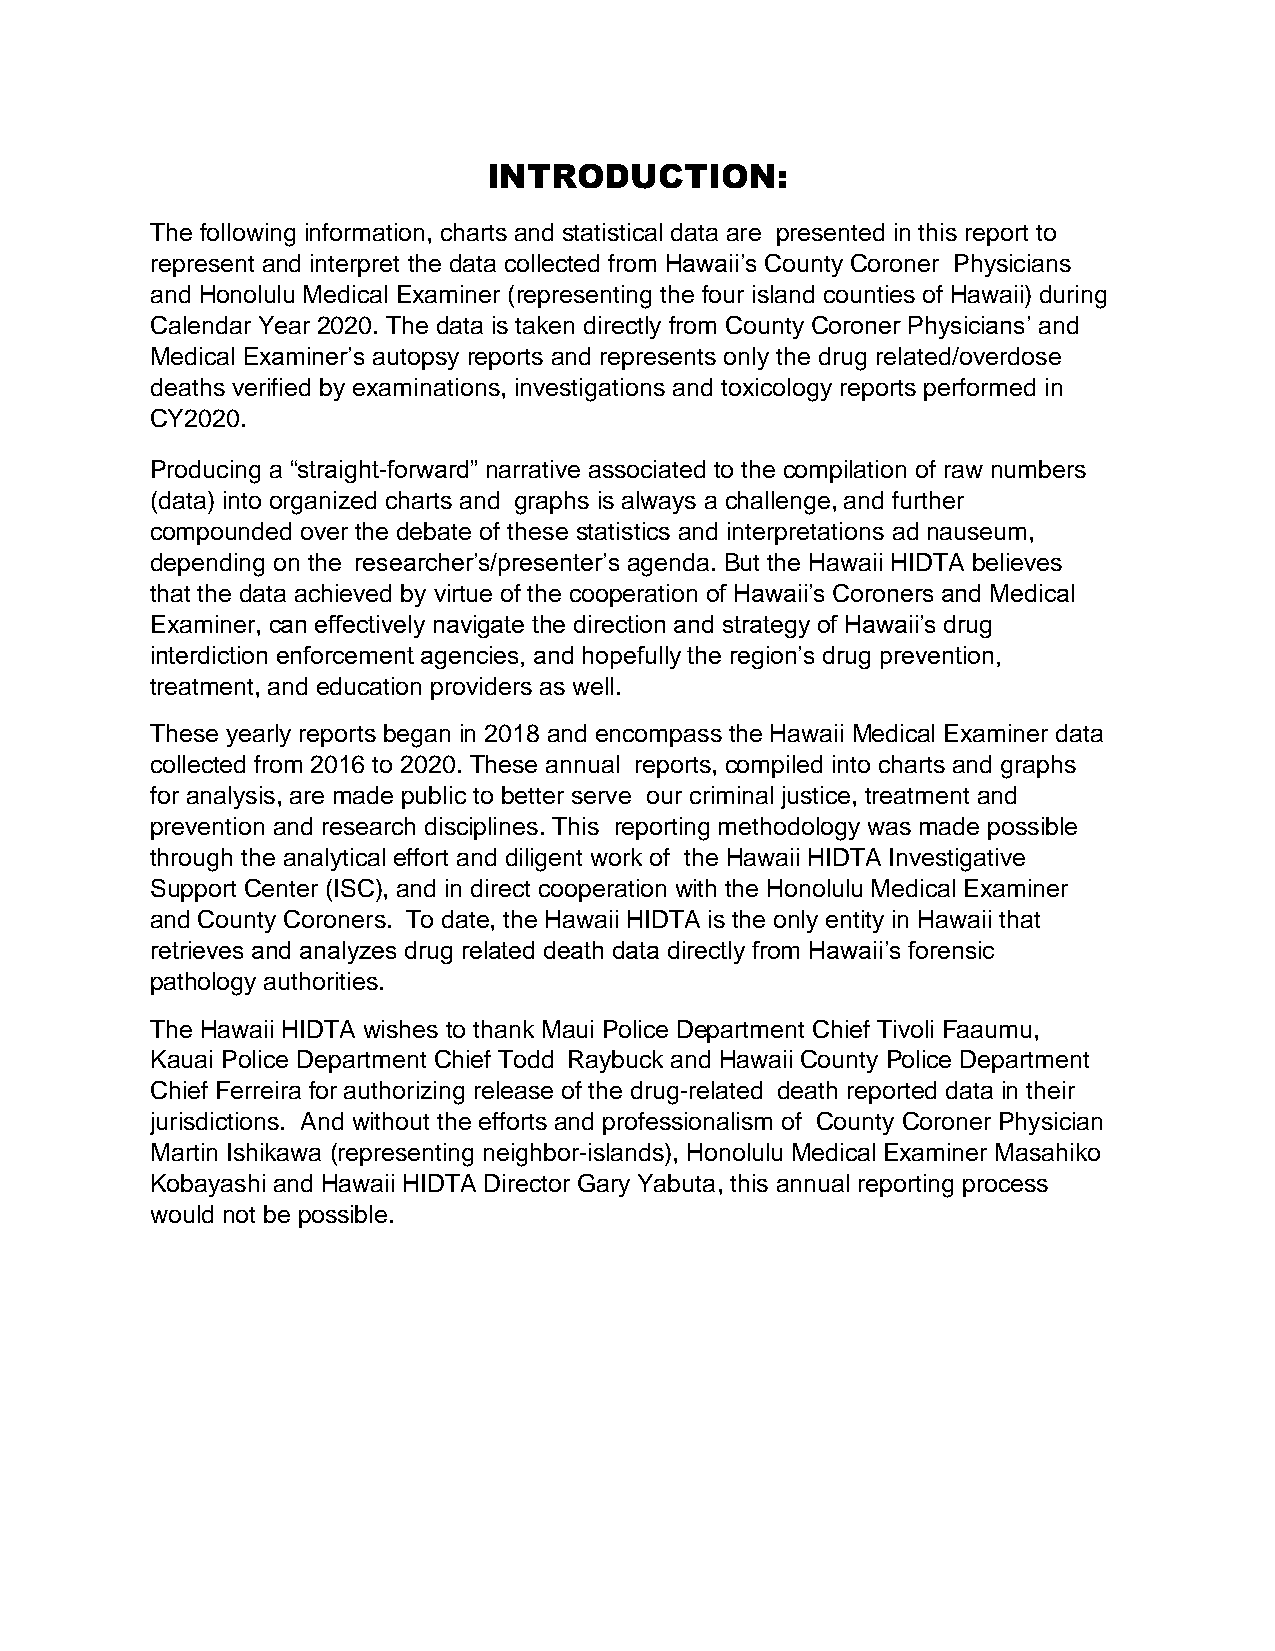
INTRODUCTION:
 The following information, charts and statistical data are presented in this report to
 represent and interpret the data collected from Hawaii’s County Coroner Physicians
 and Honolulu Medical Examiner (representing the four island counties of Hawaii) during
 Calendar Year 2020. The data is taken directly from County Coroner Physicians’ and
 Medical Examiner’s autopsy reports and represents only the drug related/overdose
 deaths verified by examinations, investigations and toxicology reports performed in
 CY2020.
 Producing a “straight-forward” narrative associated to the compilation of raw numbers
 (data) into organized charts and graphs is always a challenge, and further
 compounded over the debate of these statistics and interpretations ad nauseum,
 depending on the researcher’s/presenter’s agenda. But the Hawaii HIDTA believes
 that the data achieved by virtue of the cooperation of Hawaii’s Coroners and Medical
 Examiner, can effectively navigate the direction and strategy of Hawaii’s drug
 interdiction enforcement agencies, and hopefully the region’s drug prevention,
 treatment, and education providers as well.
 These yearly reports began in 2018 and encompass the Hawaii Medical Examiner data
 collected from 2016 to 2020. These annual reports, compiled into charts and graphs
 for analysis, are made public to better serve our criminal justice, treatment and
 prevention and research disciplines. This reporting methodology was made possible
 through the analytical effort and diligent work of the Hawaii HIDTA Investigative
 Support Center (ISC), and in direct cooperation with the Honolulu Medical Examiner
 and County Coroners. To date, the Hawaii HIDTA is the only entity in Hawaii that
 retrieves and analyzes drug related death data directly from Hawaii’s forensic
 pathology authorities.
 The Hawaii HIDTA wishes to thank Maui Police Department Chief Tivoli Faaumu,
 Kauai Police Department Chief Todd Raybuck and Hawaii County Police Department
 Chief Ferreira for authorizing release of the drug-related death reported data in their
 jurisdictions. And without the efforts and professionalism of County Coroner Physician
 Martin Ishikawa (representing neighbor-islands), Honolulu Medical Examiner Masahiko
 Kobayashi and Hawaii HIDTA Director Gary Yabuta, this annual reporting process
 would not be possible.